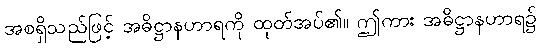
အစရှိသည်ဖြင့် အဓိဋ္ဌာနဟာရကို ထုတ်အပ်၏။ ဤကား အဓိဋ္ဌာနဟာရ၌